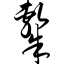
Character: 隶